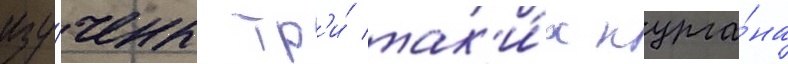
изу́чены тр'и́ так'и́х курга́на